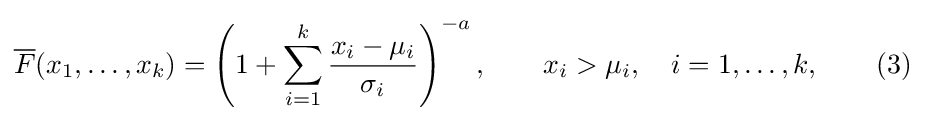
{\overline {F}}(x_{1},\dots ,x_{k})=\left(1+\sum _{i=1}^{k}{\frac {x_{i}-\mu _{i}}{\sigma _{i}}}\right)^{-a},\qquad x_{i}>\mu _{i},\quad i=1,\dots ,k,\qquad (3)